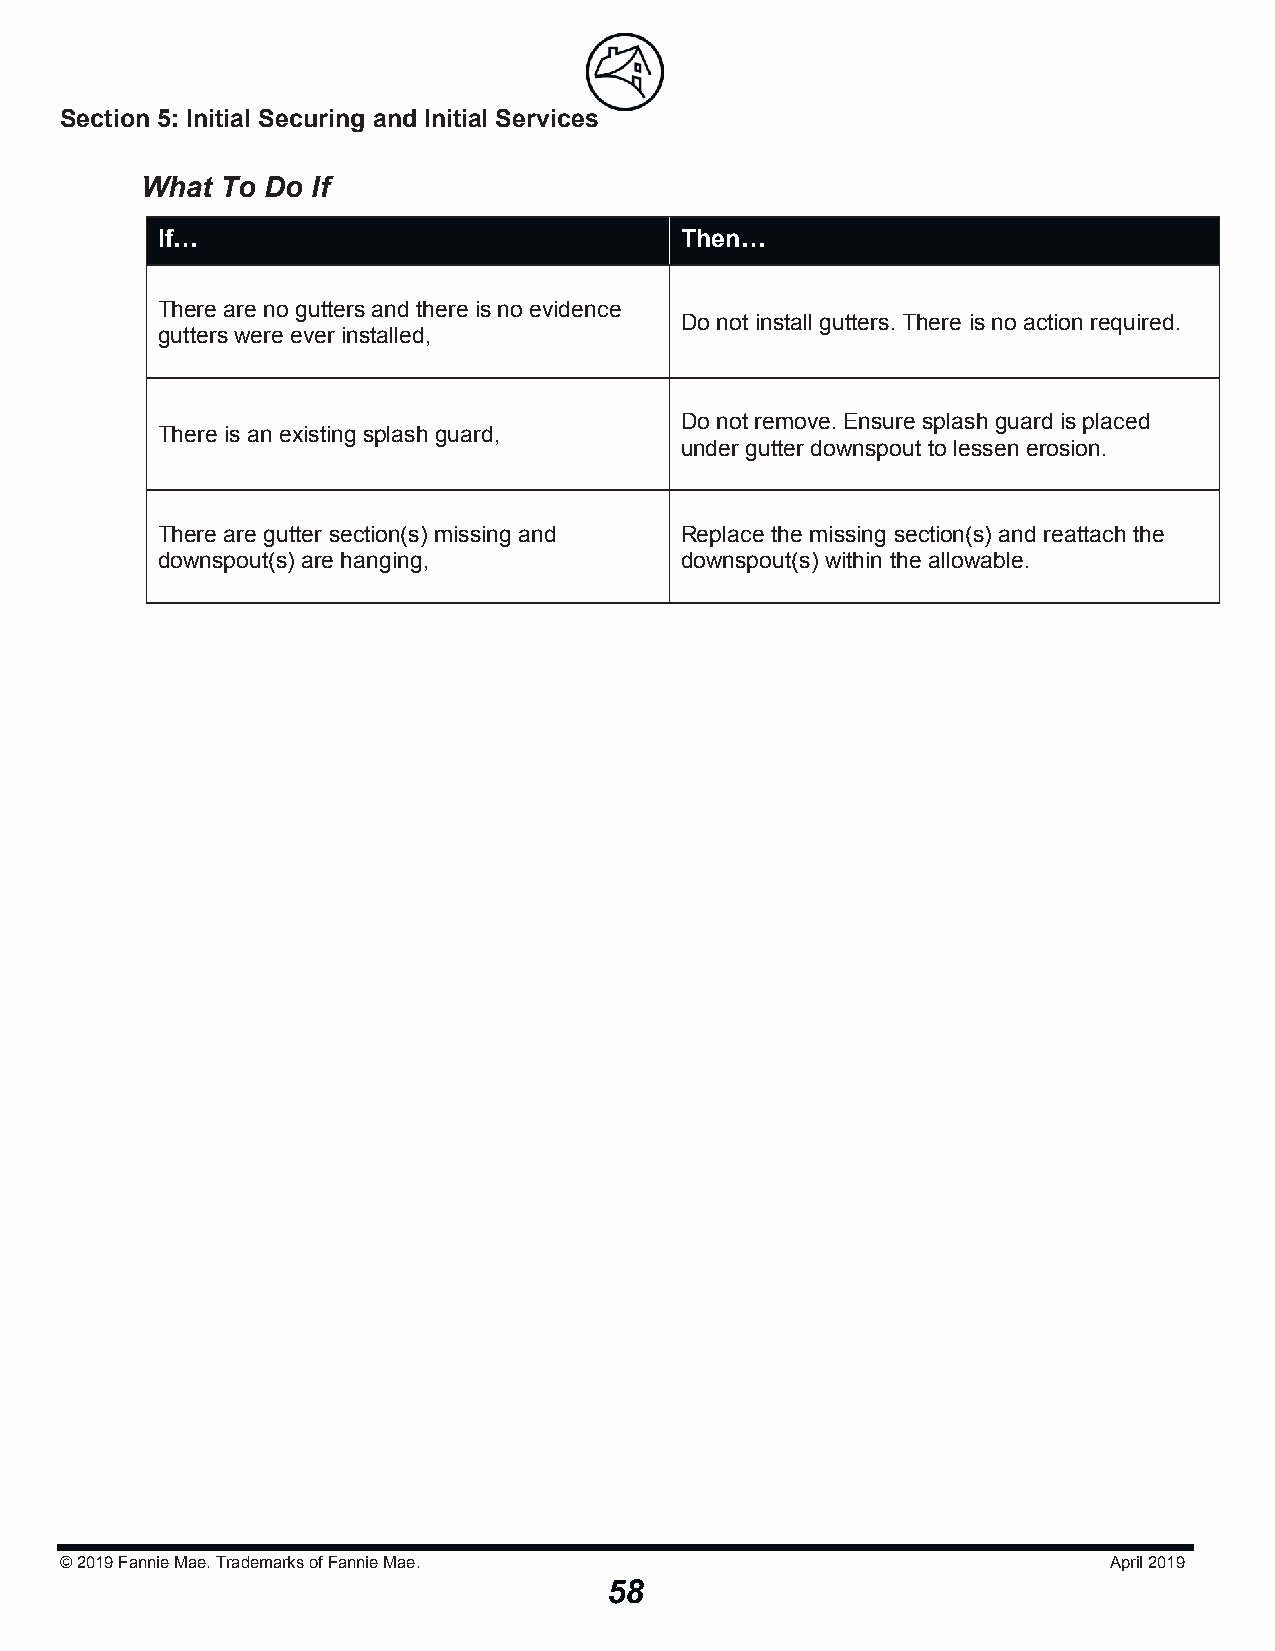
Section 5: Initial Securing and Initial Serviicceess
 What  To Do If
 If…                                Then…
 There are no gutters and there is no evidence
 Do not install gutters. There is no action required.
 gutters were ever installed,
 Do not remove. Ensure splash guard is placed
 There is an existing splash guard,
 under gutter downspout to lessen erosion.
 There are gutter section(s) missing and Replace the missing section(s) and reattach the
 downspout(s) are hanging,          downspout(s) within the allowable.
 © 2019Fannie Mae. Trademarks of Fannie Mae.                          April 2019
 58